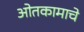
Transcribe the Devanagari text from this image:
ओतकामाचे